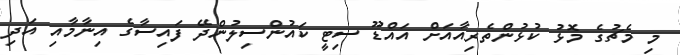
މި މެޗުގެ މޮޅު ކުޅުންތެރިއާއަށް އައްޑޫ ސިޓީ ކައުންސިލުންދޭ ފައިސާގެ އިނާމާއި އަދި